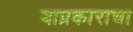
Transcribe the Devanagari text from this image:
याप्रकाराचा